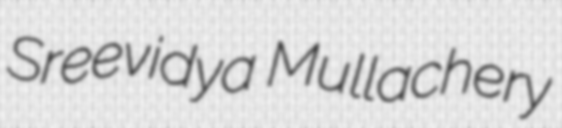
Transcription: Sreevidya Mullachery